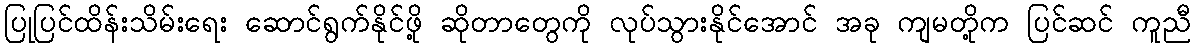
ပြုပြင်ထိန်းသိမ်းရေး ဆောင်ရွက်နိုင်ဖို့ ဆိုတာတွေကို လုပ်သွားနိုင်အောင် အခု ကျမတို့က ပြင်ဆင် ကူညီ